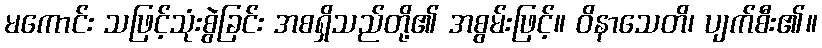
မကောင်း သဖြင့်သုံးစွဲခြင်း အစရှိသည်တို့၏ အစွမ်းဖြင့်။ ဝိနာသေတိ၊ ပျက်စီး၏။